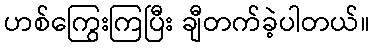
ဟစ်ကြွေးကြပြီး ချီတက်ခဲ့ပါတယ်။